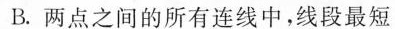
B.两点之间的所有连线中，线段最短